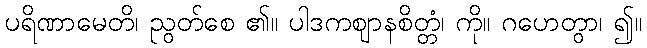
ပရိဏာမေတိ၊ ညွတ်စေ ၏။ ပါဒကဈာနစိတ္တံ၊ ကို။ ဂဟေတွာ၊ ၍။